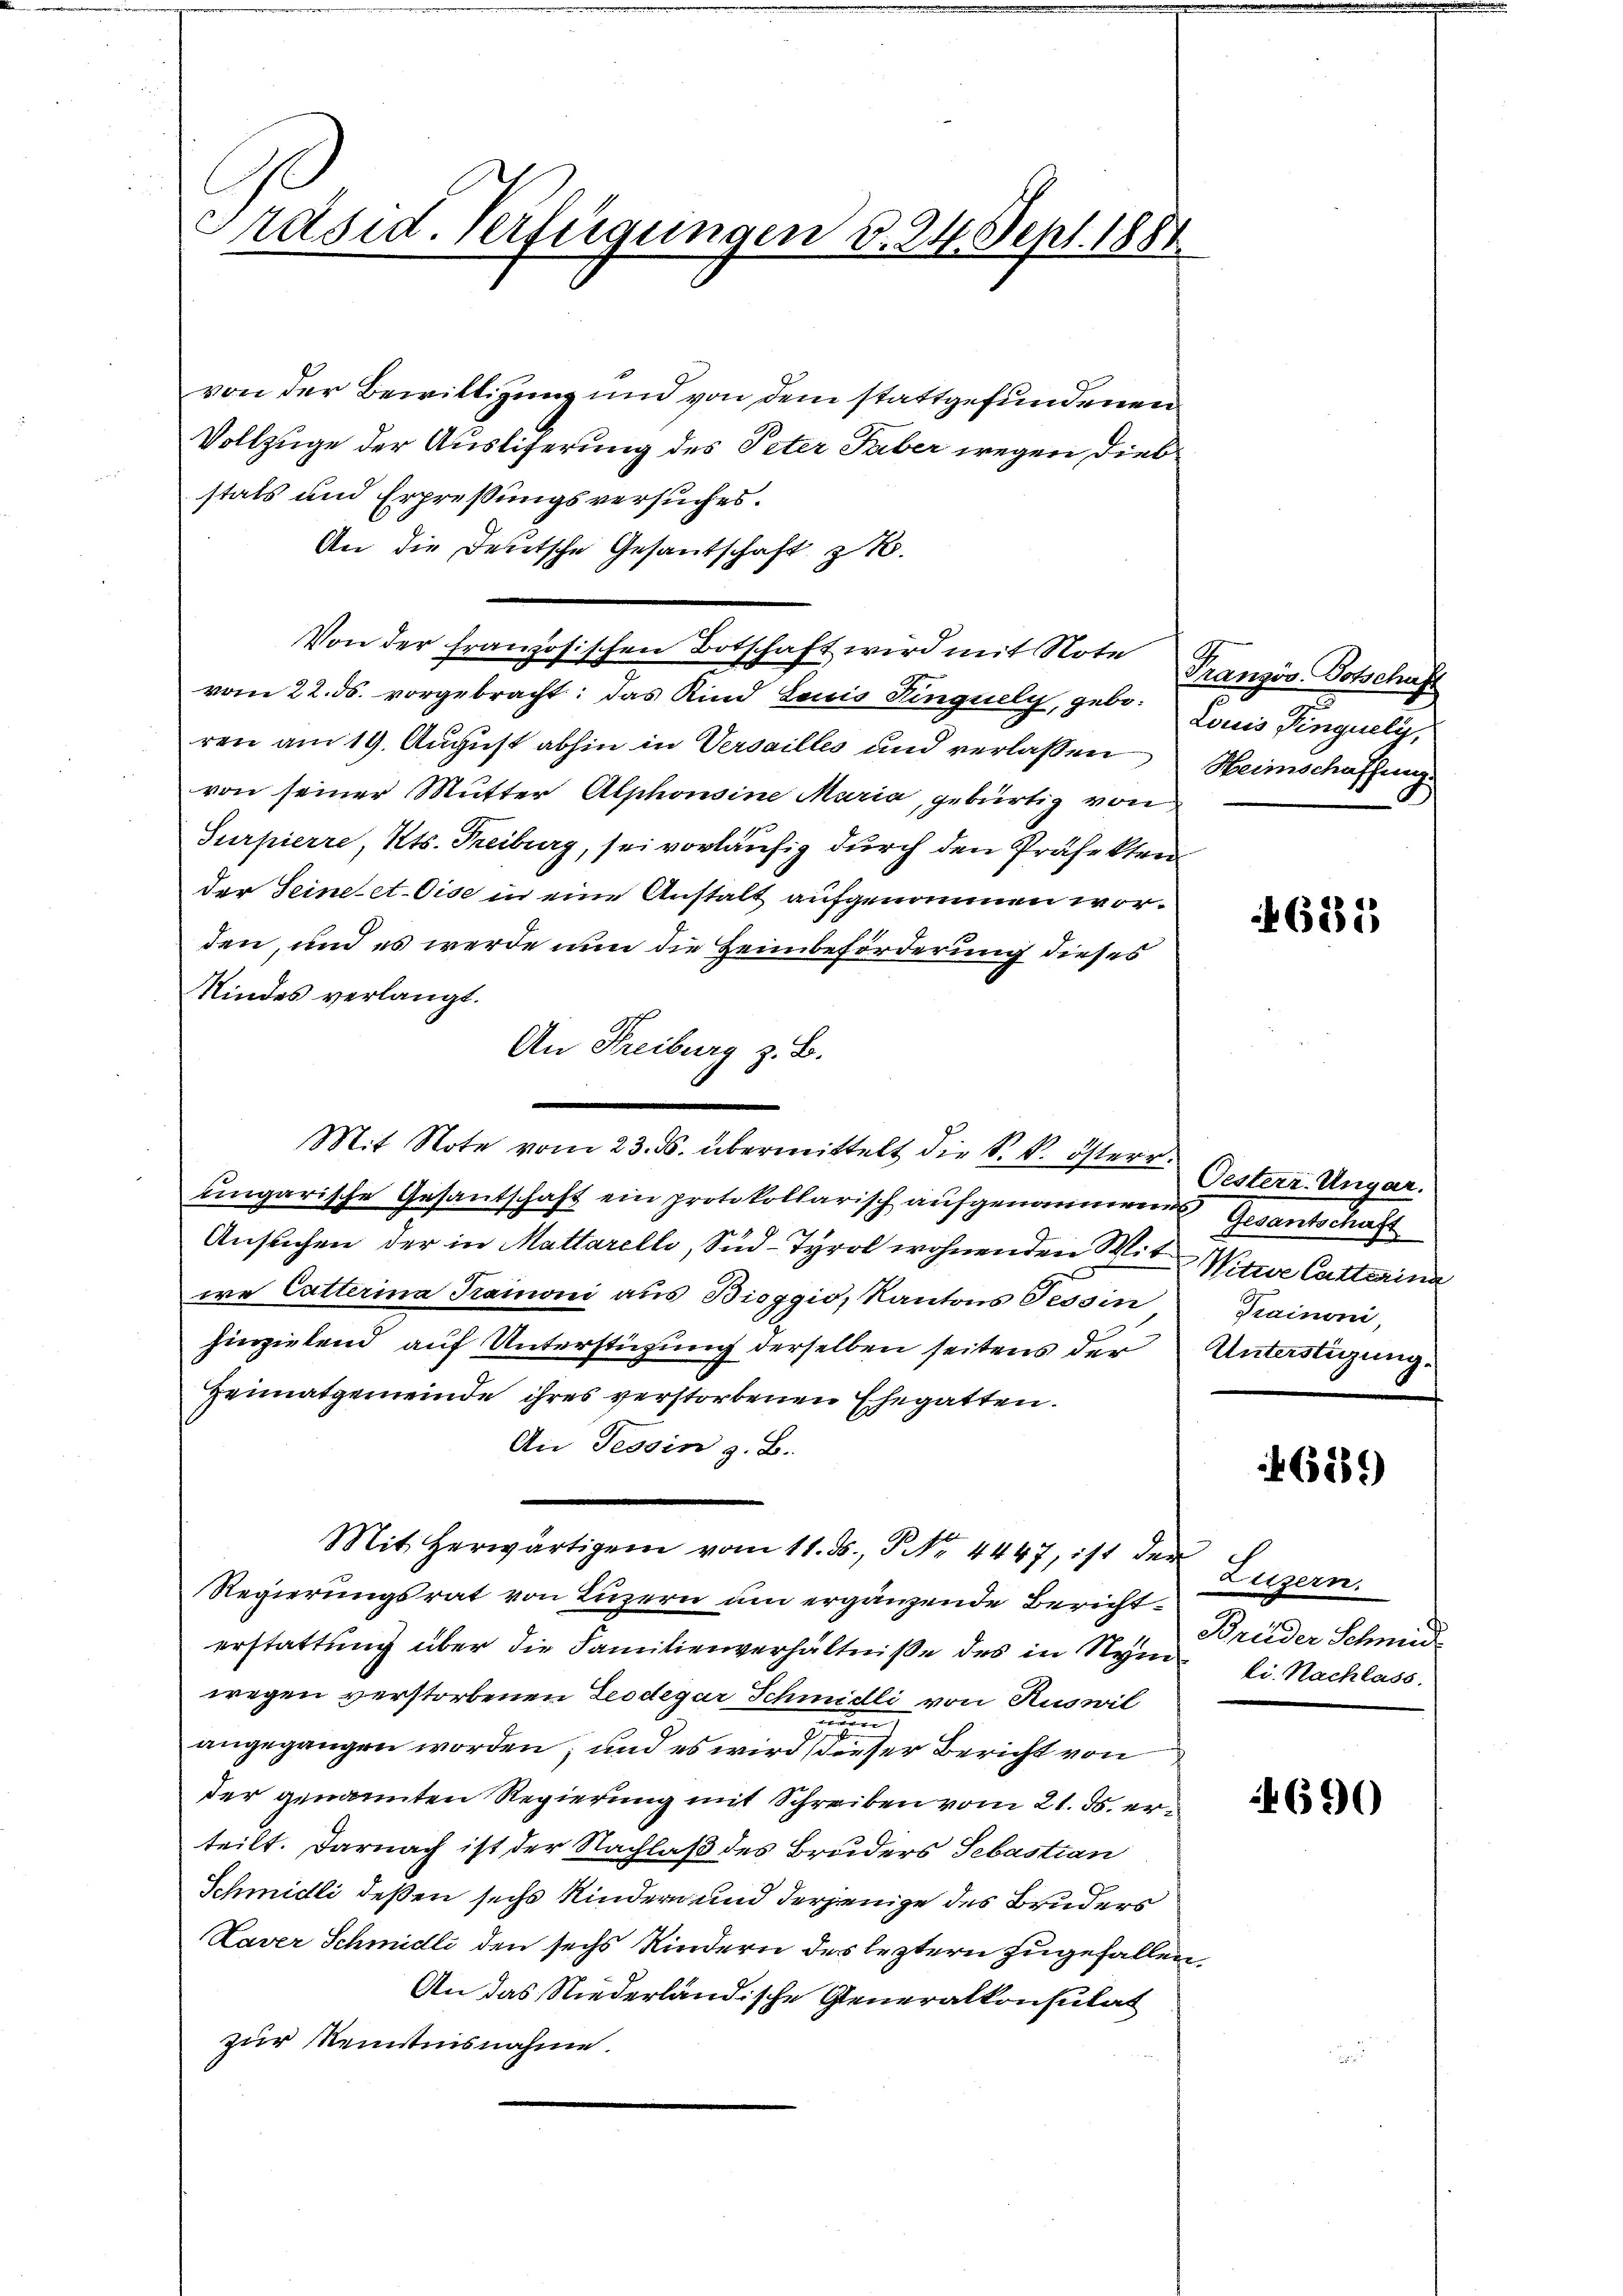
Präsid. Verfügungen d. 24. Sept. 1881

von der Bewilligung und von dem stattgefundenen
Vollzuge der Ausliferung des Peter Taber wegen Diebstals und Erpreßungsversuches.
An die Deutsche Gesantschaft z.
Von der französischen Botschaft wird mit Note Französ. Botschaft
vom 22. ds. vorgebracht: das Kind Louis Singuely, gebe Louis Pinguely,
ren am 19. August abhin in Versailles und verlassen Heimschaffung
von seiner Mutter Alphonsine Maria, gebürtig von
Surpierre, Kts. Freiburg, sei vorläufig durch den Präfekten
der Seine et. Eise in eine Anstalt aufgenommen worden, und es werde nun die Heimbeförderung dieses
Kindes verlangt.
An Freiburg z. B.
ungarische Gesantschaft ein protokollarisch aufgenommenes Gesantschaft
Ansuchen der in Mattarelli, Süd-Tyrol wohnenden Mit Wittwe Catterina
we Catterina Trainoni aus Bioggio, Kantons Tessin
hinzielend auf Unterstüzung derselben seitens der
Heimatgemeinde ihres verstorbenen Ehegatten.
An Tessin z. B.
Mit herwärtigen vom 11. ds., S. Nr. 4447, ist der
Regierungsrat von Luzern am ergänzende Berichterstattung über die Familienverhältniße des in Sym Ei. Nachlass
wegen verstorbenen Leodegar Schmidli von Ruswil
.
i
angegangen worden; und es wird dieser Bericht von
der genannten Regierung mit Schreiben vom 21. d. erteilt. Darnach ist der Nachlaß des Bruders Sebastian
Schmidli deßen sechs Kindern und derjenige des Bruders
Laver Schmidli den sechs Kindern des leztern zugefallen.
An das Niederländische Generalkonsulat
zur Renntnisnahme.

Mit Note vom 23. ds. übermittelt die k. k. österr.

46381

Oesterr. Ungar.
Krainoni
Unterstigung.

689)

Luzern.
Brüder Schmid.

4690